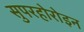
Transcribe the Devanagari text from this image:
सुपरहोरोइन